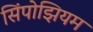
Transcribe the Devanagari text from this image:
सिंपोझियम